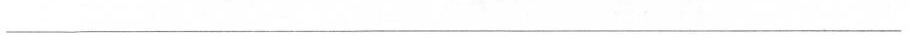
___